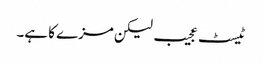
ٹیسٹ عجیب لیکن مزے کا ہے۔